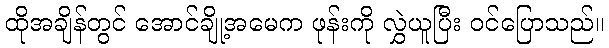
ထိုအချိန်တွင် အောင်ချို့အမေက ဖုန်းကို လွှဲယူပြီး ဝင်ပြောသည်။